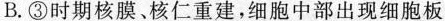
B.③时期核膜核仁重建，细胞中部出现细胞板